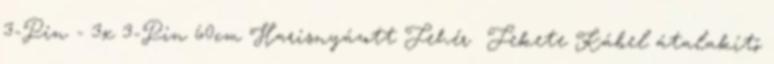
3-Pin - 3x 3-Pin 60cm Harisnyázott Fehér Fekete Kábel átalakító